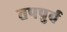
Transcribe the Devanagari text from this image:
तपपुर्व